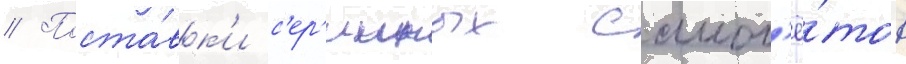
// Поста́вк'и с'ер'ииных самол'ё́тов